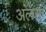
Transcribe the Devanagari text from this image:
अलसा